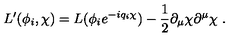
L ^ { \prime } ( \phi _ { i } , \chi ) = L ( \phi _ { i } e ^ { - i q _ { i } \chi } ) - \frac { 1 } { 2 } \partial _ { \mu } \chi \partial ^ { \mu } \chi \ .